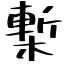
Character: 槧